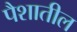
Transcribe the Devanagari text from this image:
पैशातील